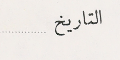
التاريخ